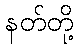
နတ်တို့